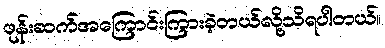
ဖုန်းဆက်အကြောင်းကြားခဲ့တယ်လို့သိရပါတယ်။